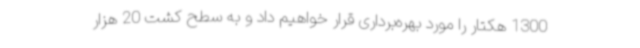
1300 هکتار را مورد بهره‌برداری قرار خواهیم داد و به سطح کشت 20 هزار